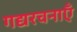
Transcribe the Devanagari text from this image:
गद्यरचनाएँ